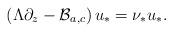
LaTeX: \begin{align*}\left(\Lambda\partial_z-\mathcal B_{a,c}\right) u_* = \nu_*u_*.\end{align*}